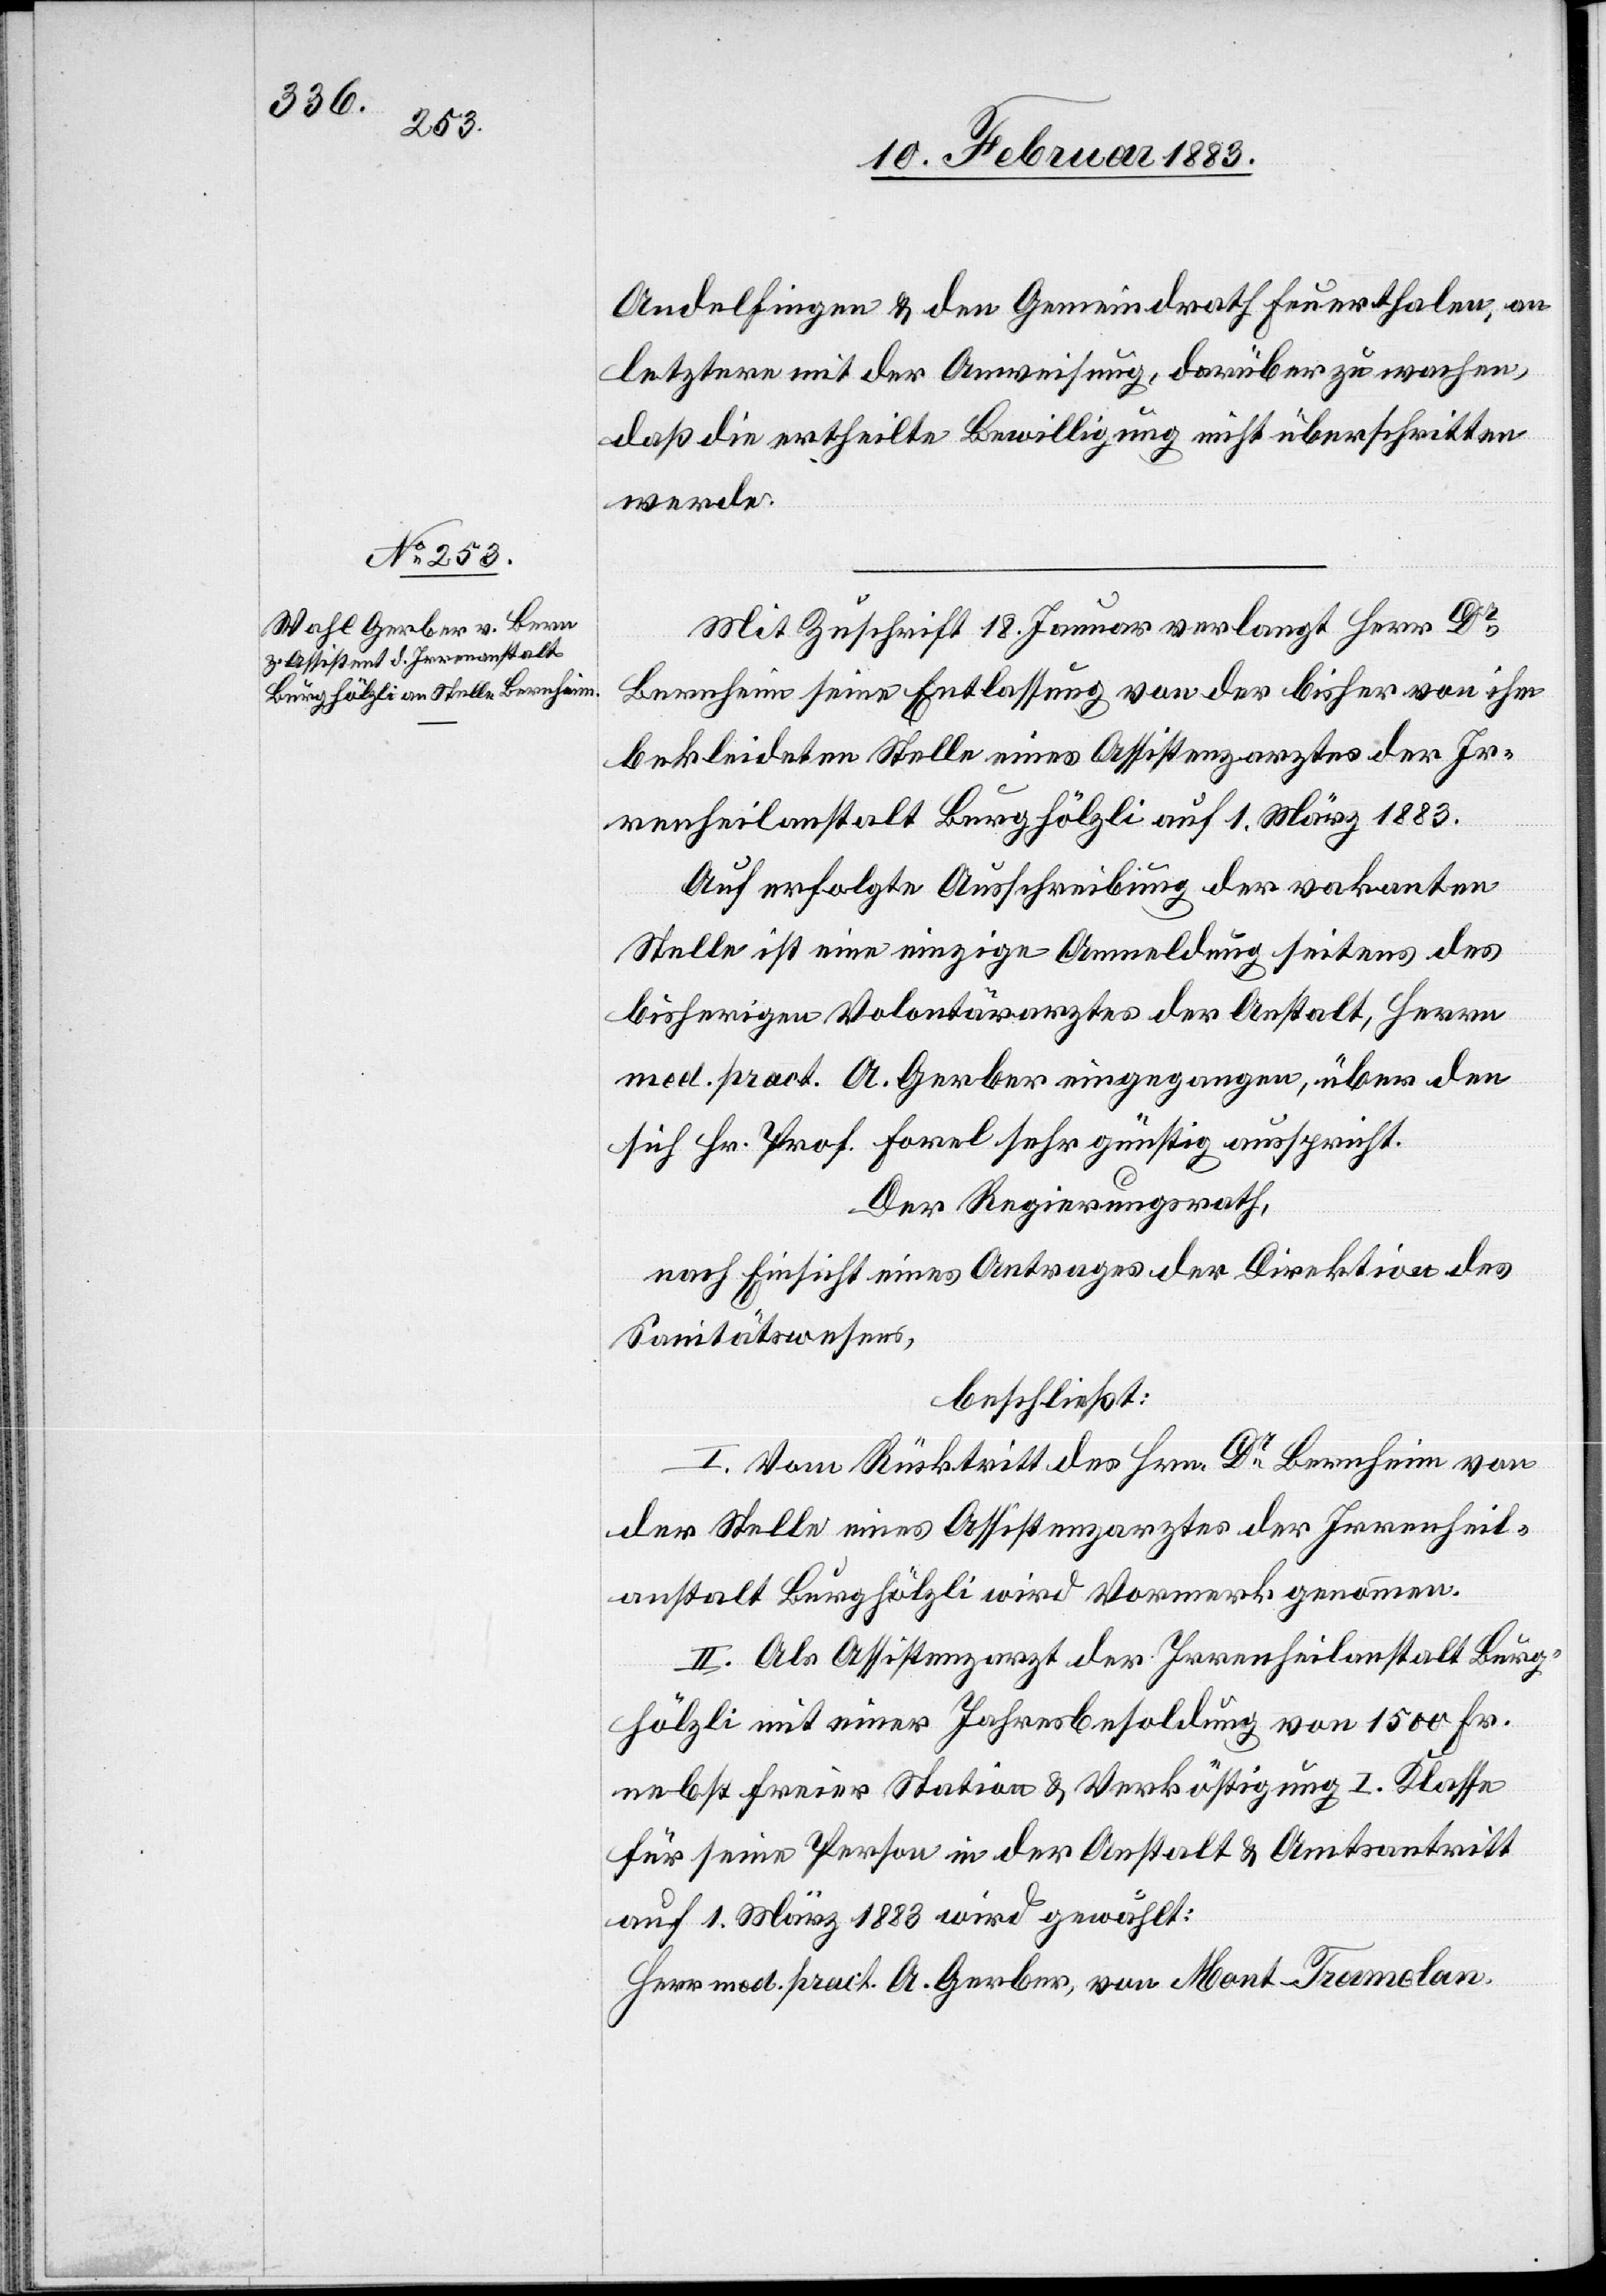
Andelfingen & den Gemeindrath Feuerthalen, an
letztere mit der Anweisung, darüber zu wachen,
daß die ertheilte Bewilligung nicht überschritten
werde.
Mit Zuschrift 18. Januar verlangt Herr Dr
Bernheim seine Entlassung von der bisher von ihm
bekleideten Stelle eines Assistenzarztes der Ir¬
renheilanstalt Burghölzli auf 1. März 1883.
Auf erfolgte Ausschreibung der vakanten
Stelle ist eine einzige Anmeldung seitens des
bisherigen Volontärarztes der Anstalt, Herrn
med. pract. A. Gerber eingegangen, über den
sich Hr. Prof. Forel sehr günstig ausspricht.
Der Regierungsrath,
nach Einsicht eines Antrages der Direktion des
Sanitätswesens,
beschließt:
I. Vom Rücktritt des Hrn. Dr Bernheim von
der Stelle eines Assistenzarztes der Irrenheil¬
anstalt Burghölzli wird Vormerk genommen.
II. Als Assistenzarzt der Irrenheilanstalt Burg¬
hölzli mit einer Jahresbesoldung von 1500 Fr.
nebst freier Station & Verköstigung I. Klasse
für seine Person in der Anstalt & Amtsantritt
auf 1. März 1883 wird gewählt:
Herr med. pract. A. Gerber, von Mont-Tramelan.